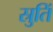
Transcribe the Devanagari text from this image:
स्रुतिं